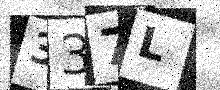
Text: 337L